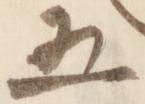
五